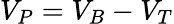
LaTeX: V_{P}=V_{B}-V_{T}